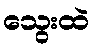
သွေးထဲ